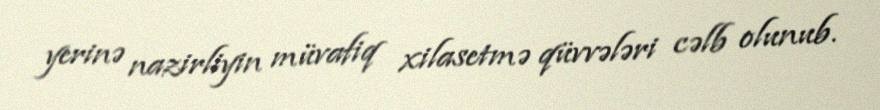
yerinə nazirliyin müvafiq xilasetmə qüvvələri cəlb olunub.